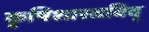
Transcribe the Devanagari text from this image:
कृषिशास्त्रविद्